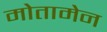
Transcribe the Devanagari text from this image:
मोतामेन